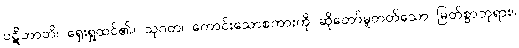
ပဋိဘာတိ၊ ရှေးရှုထင်၏။ သုဂတ၊ ကောင်းသောစကားကို ဆိုတော်မူတတ်သော မြတ်စွာဘုရား။